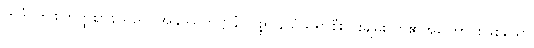
ဣဒံ၊ ဤစတုတ္ထဈာန်သည်။ အနုဿတိဋ္ဌာနံ၊ ပစ္စုပ္ပန်သံသရာစီးပွားချမ်းသာ၏အကြောင်းဖြစ်သော